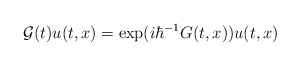
\begin{align*}\mathcal{G}(t)u(t,x)=\exp(i\hbar^{-1}G(t,x))u(t,x)\end{align*}